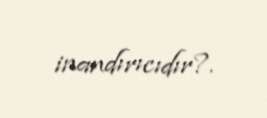
inandırıcıdır?.